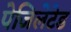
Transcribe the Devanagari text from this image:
पेजिलेटेड